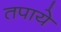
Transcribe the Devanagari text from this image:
तपाये